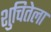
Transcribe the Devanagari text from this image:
शुचितेला